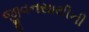
જીવનસાથીની